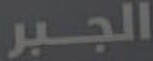
الجبر